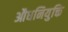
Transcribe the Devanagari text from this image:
औधनियुक्ति